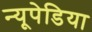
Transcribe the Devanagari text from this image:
न्यूपेडिया